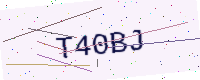
Text: T40BJ